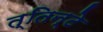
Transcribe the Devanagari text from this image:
त्तिन्टे